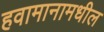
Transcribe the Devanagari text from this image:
हवामानामधील